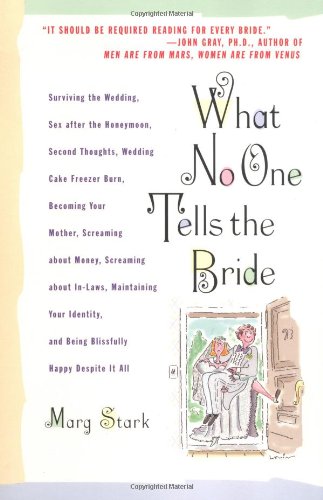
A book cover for What No One Tells the Bride: Surviving the Wedding, Sex After the Honeymoon, Second Thoughts, Wedding Cake Freezer Burn, Becoming Your Mother, Screaming about Money, Screaming about In-Laws, etc.; Marg Stark; Crafts, Hobbies & Home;